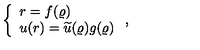
\left\{ \begin{array} { l } { r = f ( \varrho ) \nonumber } \\ { u ( r ) = \widetilde { u } ( \varrho ) g ( \varrho ) } \\ \end{array} \right. ,